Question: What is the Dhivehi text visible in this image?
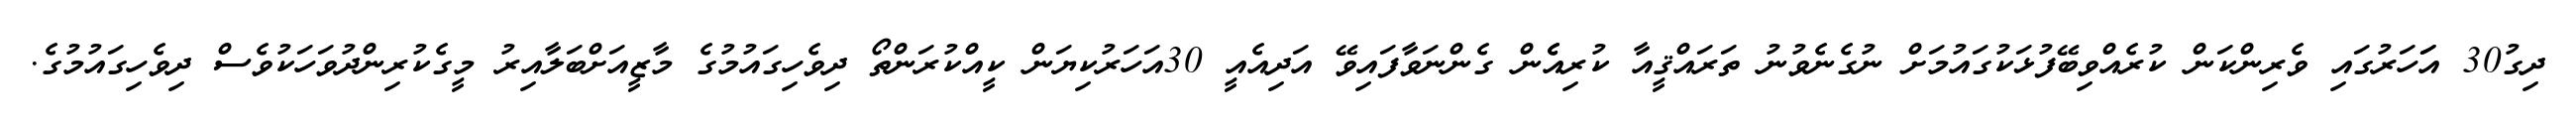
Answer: ދިގު30 އަަހަރުގައި ވެރިންކަން ކުރެއްވިބޭފުޅަކުގައުމަށް ނުގެނެވުނު ތަރައްޤީއާ ކުރިއެެން ގެންނަވާފައިވޭ އަދިއެއީ 30އަހަރުކިޔަން ކީއްކުރަންތޯ ދިވެހިގައުމުގެ މާޒީއަށްބަލާއިރު މީގެކުރިންދުވަހަކުވެސް ދިވެހިގައުމުގެ.